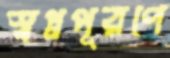
স্বপ্নপূরণে